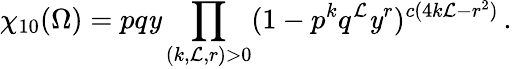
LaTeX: \chi_{10}(\Omega)=pq\mathit{y}\prod_{(k,\mathcal{L},r)>0}(1-p^{k}q^{\mathcal{L}}\mathit{y}^{r})^{c(4k\mathcal{L}-r^{2})}\, .